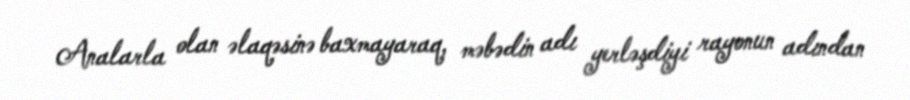
Analarla olan əlaqəsinə baxmayaraq, məbədin adı yerləşdiyi rayonun adından